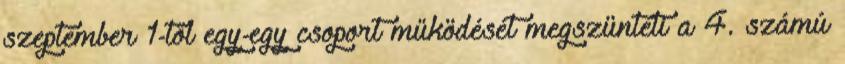
szeptember 1-től egy-egy csoport működését megszünteti a 4. számú